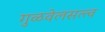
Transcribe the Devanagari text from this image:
गुळवेलसत्त्व